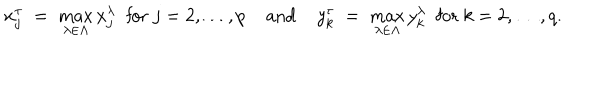
x _ { j } ^ { \tau } \; = \; \max _ { \lambda \in \Lambda } x _ { j } ^ { \lambda } \; { \mathrm { ~ f o r ~ } } j = 2 , \ldots , p \; { \mathrm { a n d } } \; y _ { k } ^ { \tau } \; = \; \max _ { \lambda \in \Lambda } y _ { k } ^ { \lambda } \; { \mathrm { ~ f o r ~ } } k = 2 , \ldots , q .